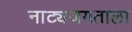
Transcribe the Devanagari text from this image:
नाट्यजगताला